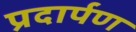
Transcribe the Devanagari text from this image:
प्रदार्पण